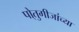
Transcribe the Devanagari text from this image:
पो्तुगीजांच्या